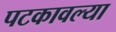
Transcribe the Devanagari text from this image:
पटकावल्या